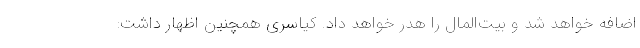
اضافه خواهد شد و بیت‌المال را هدر خواهد داد. کیاسری همچنین اظهار داشت: